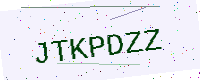
Text: JTKPDZZ